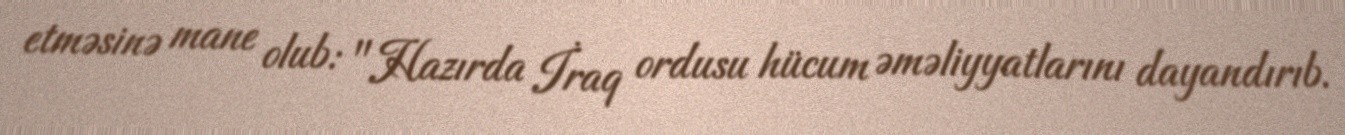
etməsinə mane olub: "Hazırda İraq ordusu hücum əməliyyatlarını dayandırıb.